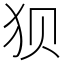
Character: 狈